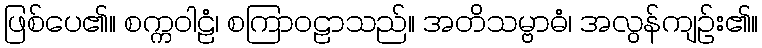
ဖြစ်ပေ၏။ စက္ကဝါဠံ၊ စကြာဝဠာသည်။ အတိသမ္ဗာဓံ၊ အလွန်ကျဉ်း၏။